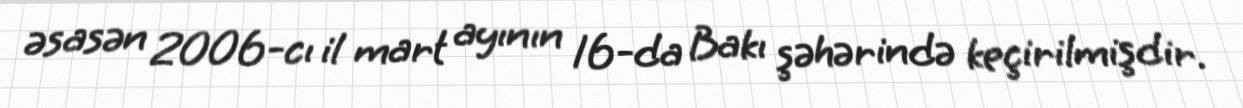
əsasən 2006-cı il mart ayının 16-da Bakı şəhərində keçirilmişdir.